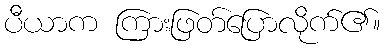
ပီယာက ကြားဖြတ်ပြောလိုက်၏။